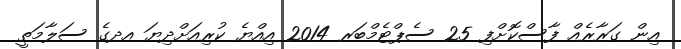
އިން ގަރާރެއް ފާސްކޮށްފި 25 ސެޕްޓެމްބަރ 2014 އިއްޔެ ކުރިއަށްދިޔަ އދގެ ސަލާމަތީ